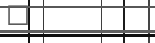
٥